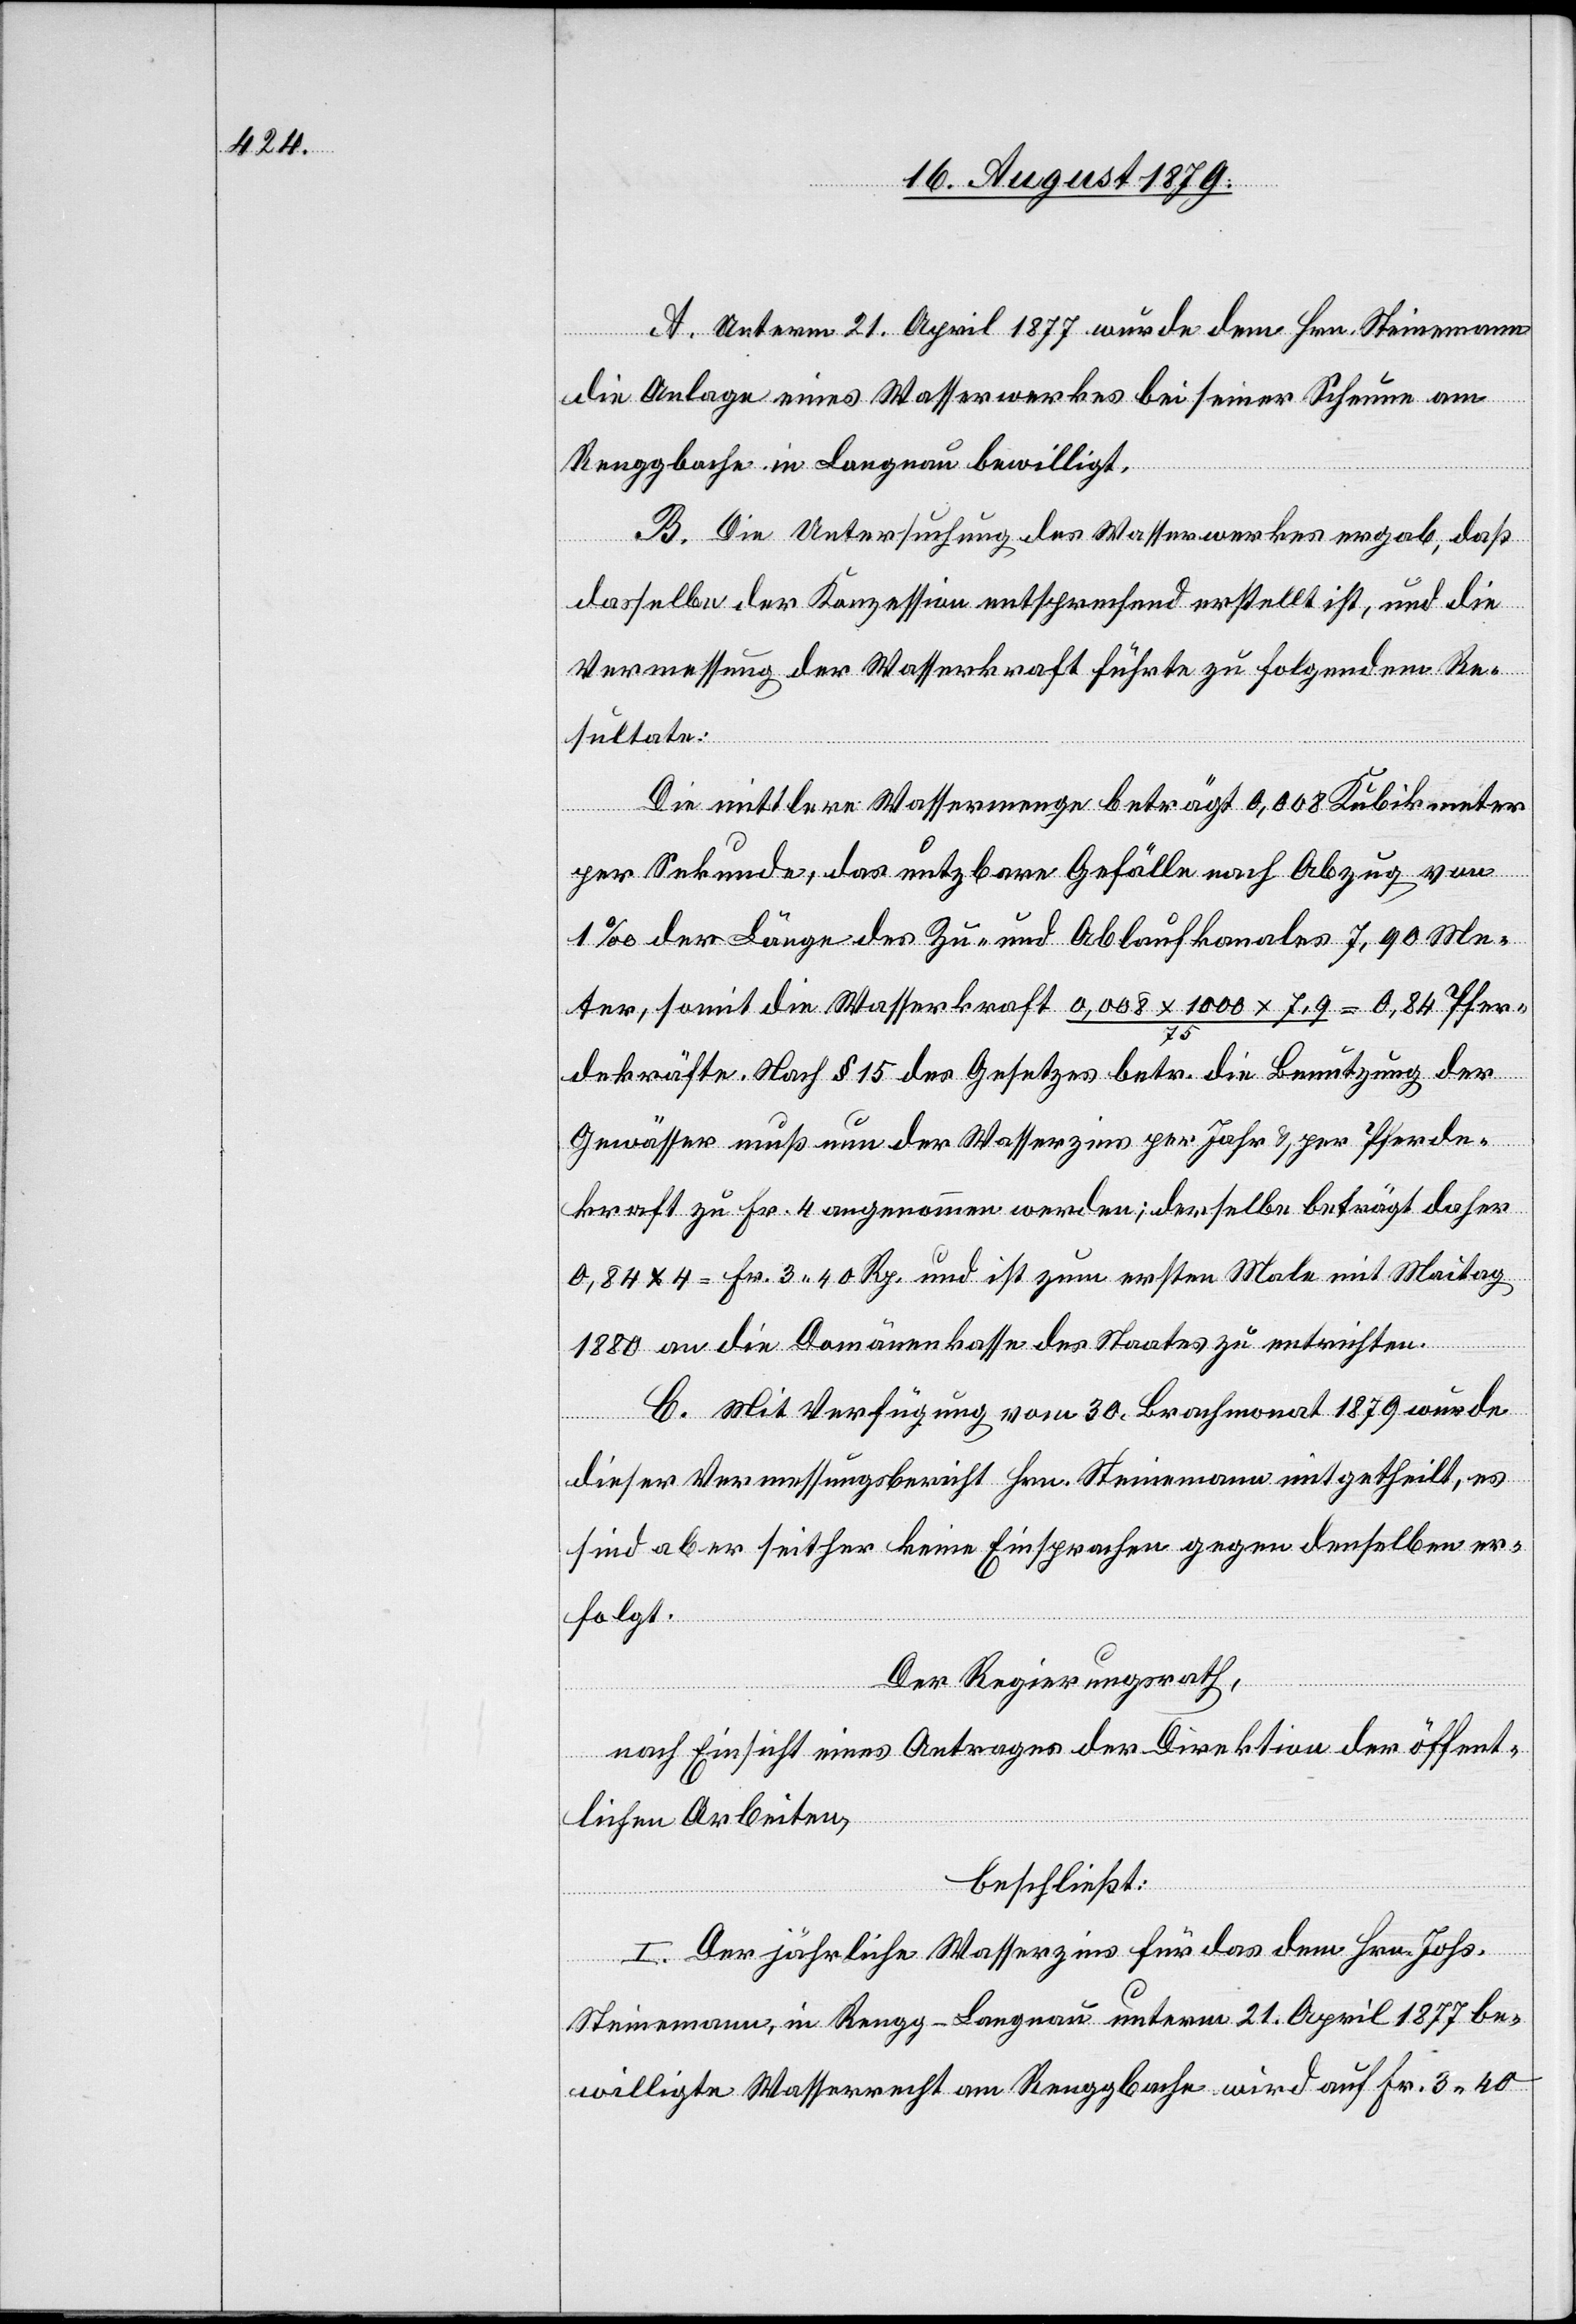
A. Unterm 21. April 1877 wurde dem Hrn. Steinemann
die Anlage eines Wasserwerkes bei seiner Scheune am
Renggbache in Langnau bewilligt.
B. Die Untersuchung des Wasserwerkes ergab, daß
dasselbe der Konzession entsprechend erstellt ist, und die
Vermessung der Wasserkraft führte zu folgendem Re¬
sultate:
Die mittlere Wassermenge beträgt 0,008 Kubikmeter
per Sekunde, das nutzbare Gefälle nach Abzug von
1‰ der Länge des Zu- und Ablaufkanales 7,90 Me¬
ter, somit die Wasserkraft 0,008 x 1000 x 7,9 / 75 = 0,84 Pfer¬
dekräfte. Nach § 15 des Gesetzes betr. die Benutzung der
Gewässer muß nun der Wasserzins per Jahr & per Pferde¬
kraft zu Fr. 4 angenommen werden; derselbe beträgt daher
0,84 x 4 = Fr. 3 40 Rp. und ist zum ersten Male mit Maitag
1880 an die Domänenkasse des Staates zu entrichten.
C. Mit Verfügung vom 30. Brachmonat 1879 wurde
dieser Vermessungsbericht Hrn. Steinemann mitgetheilt, es
sind aber seither keine Einsprachen gegen denselben er¬
folgt.
Der Regierungsrath,
nach Einsicht eines Antrages der Direktion der öffent¬
lichen Arbeiten,
beschließt:
I. Der jährliche Wasserzins für das dem Hrn. Johs.
Steinemann, in Rengg - Langnau unterm 21. April 1877 be¬
willigte Wasserrecht am Renggbache wird auf Fr. 3 40